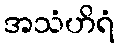
အသံဟိရံ